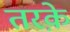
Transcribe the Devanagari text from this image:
तरक़े